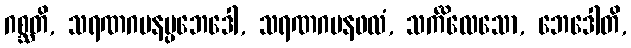
ဂစ္ဆတိ, သရဏဂမနပ္ပဘေဒေါ, သရဏဂမနဖလံ, သင်္ကိလေသော, ဘေဒေါတိ,